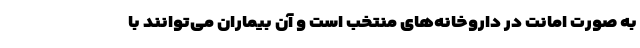
به صورت امانت در داروخانه‌های منتخب است و آن بیماران می‌توانند با